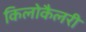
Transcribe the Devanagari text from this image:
किलोकैलरी